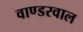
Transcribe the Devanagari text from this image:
वाण्डरवाल